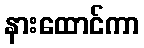
နားထောင်ကာ